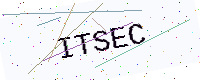
Text: ITSEC